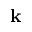
{ \bf k }